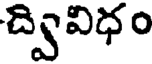
ద్వివిధం